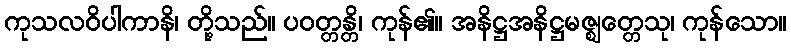
ကုသလဝိပါကာနိ၊ တို့သည်။ ပဝတ္တန္တိ၊ ကုန်၏။ အနိဋ္ဌအနိဋ္ဌမဇ္ဈတ္တေသု၊ ကုန်သော။